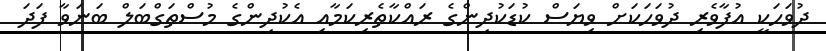
ދުވަަހަކީ އުފާވެރި ދުވަަހަކަށް ވިޔަސް ކުޑަކުދިންގެ ރައްކާތެރިކަމާއި އެކުދިންގެ މުސްތަގްބަލް ބަނަވާ ފަދަ